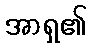
အာရှ၏